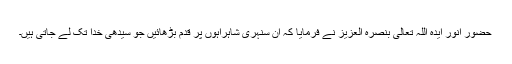
حضور انور ایّدہ اللہ تعالیٰ بنصرہ العزیز نے فرمایا کہ ان سنہری شاہراہوں پر قدم بڑھائیں جو سیدھی خدا تک لے جاتی ہیں۔